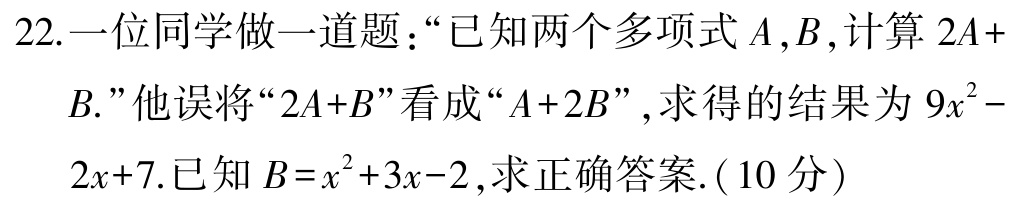
22.一位同学做一道题：“已知两个多项式\(A,B\),计算\(2A + B.\)”他误将“\(2A + B\)”看成“\(A + 2B\)”,求得的结果为\(9x^{2}-2x + 7\).已知\(B = x^{2}+3x - 2\),求正确答案.(10分)